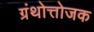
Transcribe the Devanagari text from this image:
ग्रंथोत्तोजक